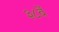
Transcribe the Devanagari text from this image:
३८वें